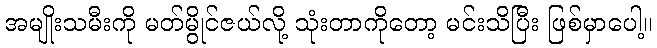
အမျိုးသမီးကို မတ်မွိုင်ဇယ်လို့ သုံးတာကိုတော့ မင်းသိပြီး ဖြစ်မှာပေါ့။